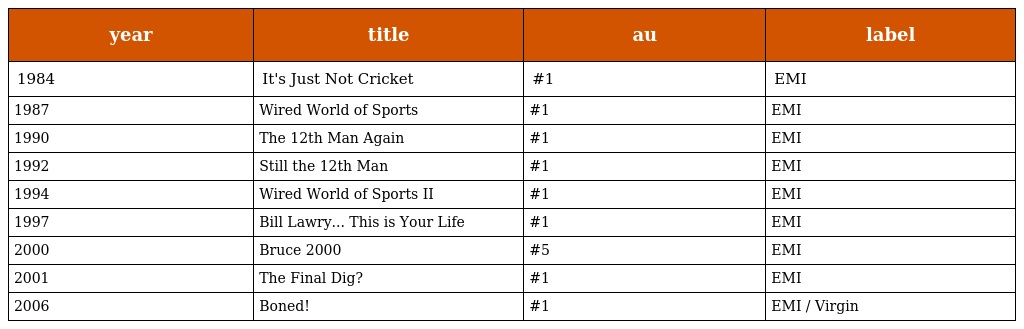
| year | title | au | label |
 | --- | --- | --- | --- |
 | 1984 | It's Just Not Cricket | #1 | EMI |
 | 1987 | Wired World of Sports | #1 | EMI |
 | 1990 | The 12th Man Again | #1 | EMI |
 | 1992 | Still the 12th Man | #1 | EMI |
 | 1994 | Wired World of Sports II | #1 | EMI |
 | 1997 | Bill Lawry... This is Your Life | #1 | EMI |
 | 2000 | Bruce 2000 | #5 | EMI |
 | 2001 | The Final Dig? | #1 | EMI |
 | 2006 | Boned! | #1 | EMI / Virgin |